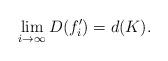
LaTeX: \begin{align*}\lim_{i\rightarrow \infty}{D(f'_{i})}=d(K).\end{align*}